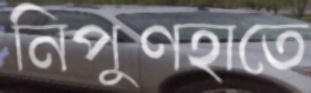
নিপুণহাতে